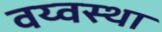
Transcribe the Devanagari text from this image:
वय्वस्था